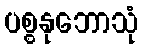
ပစ္စနုဘောသုံ